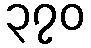
၃၇၀